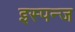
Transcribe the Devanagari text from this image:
इस्पन्ज